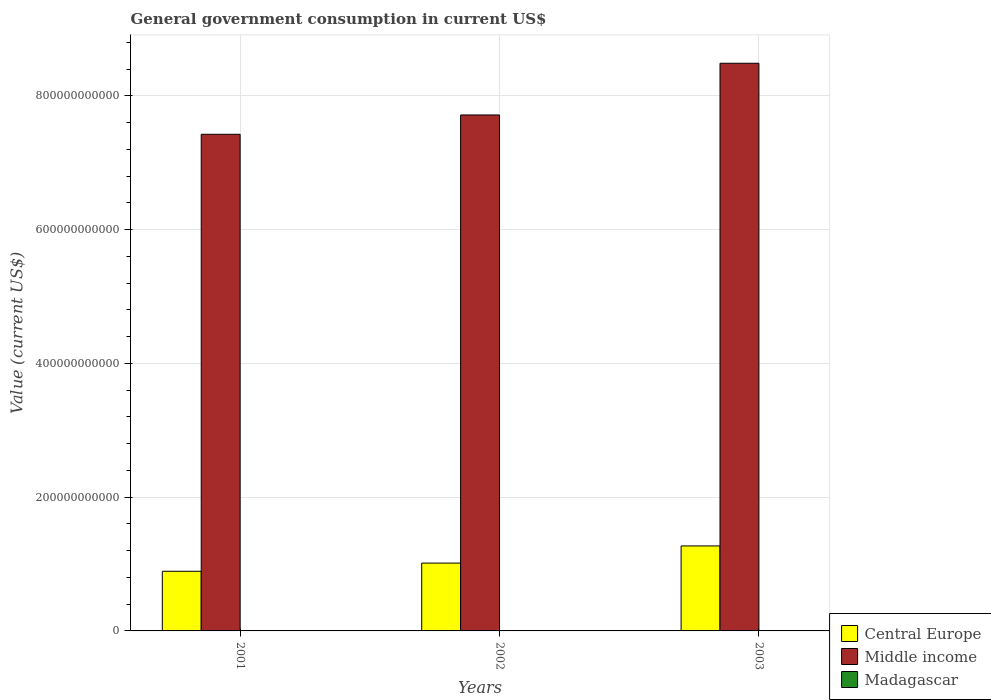
| Years | Central Europe | Middle income | Madagascar |
 | --- | --- | --- | --- |
 | 2001 | 8.92e+10 | 7.43e+11 | 4.12e+08 |
 | 2002 | 1.01e+11 | 7.72e+11 | 3.58e+08 |
 | 2003 | 1.27e+11 | 8.49e+11 | 5.05e+08 |